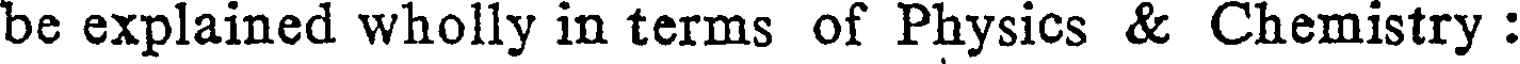
be explained wholly in terms of Physics & Chemistry :